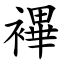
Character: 襅